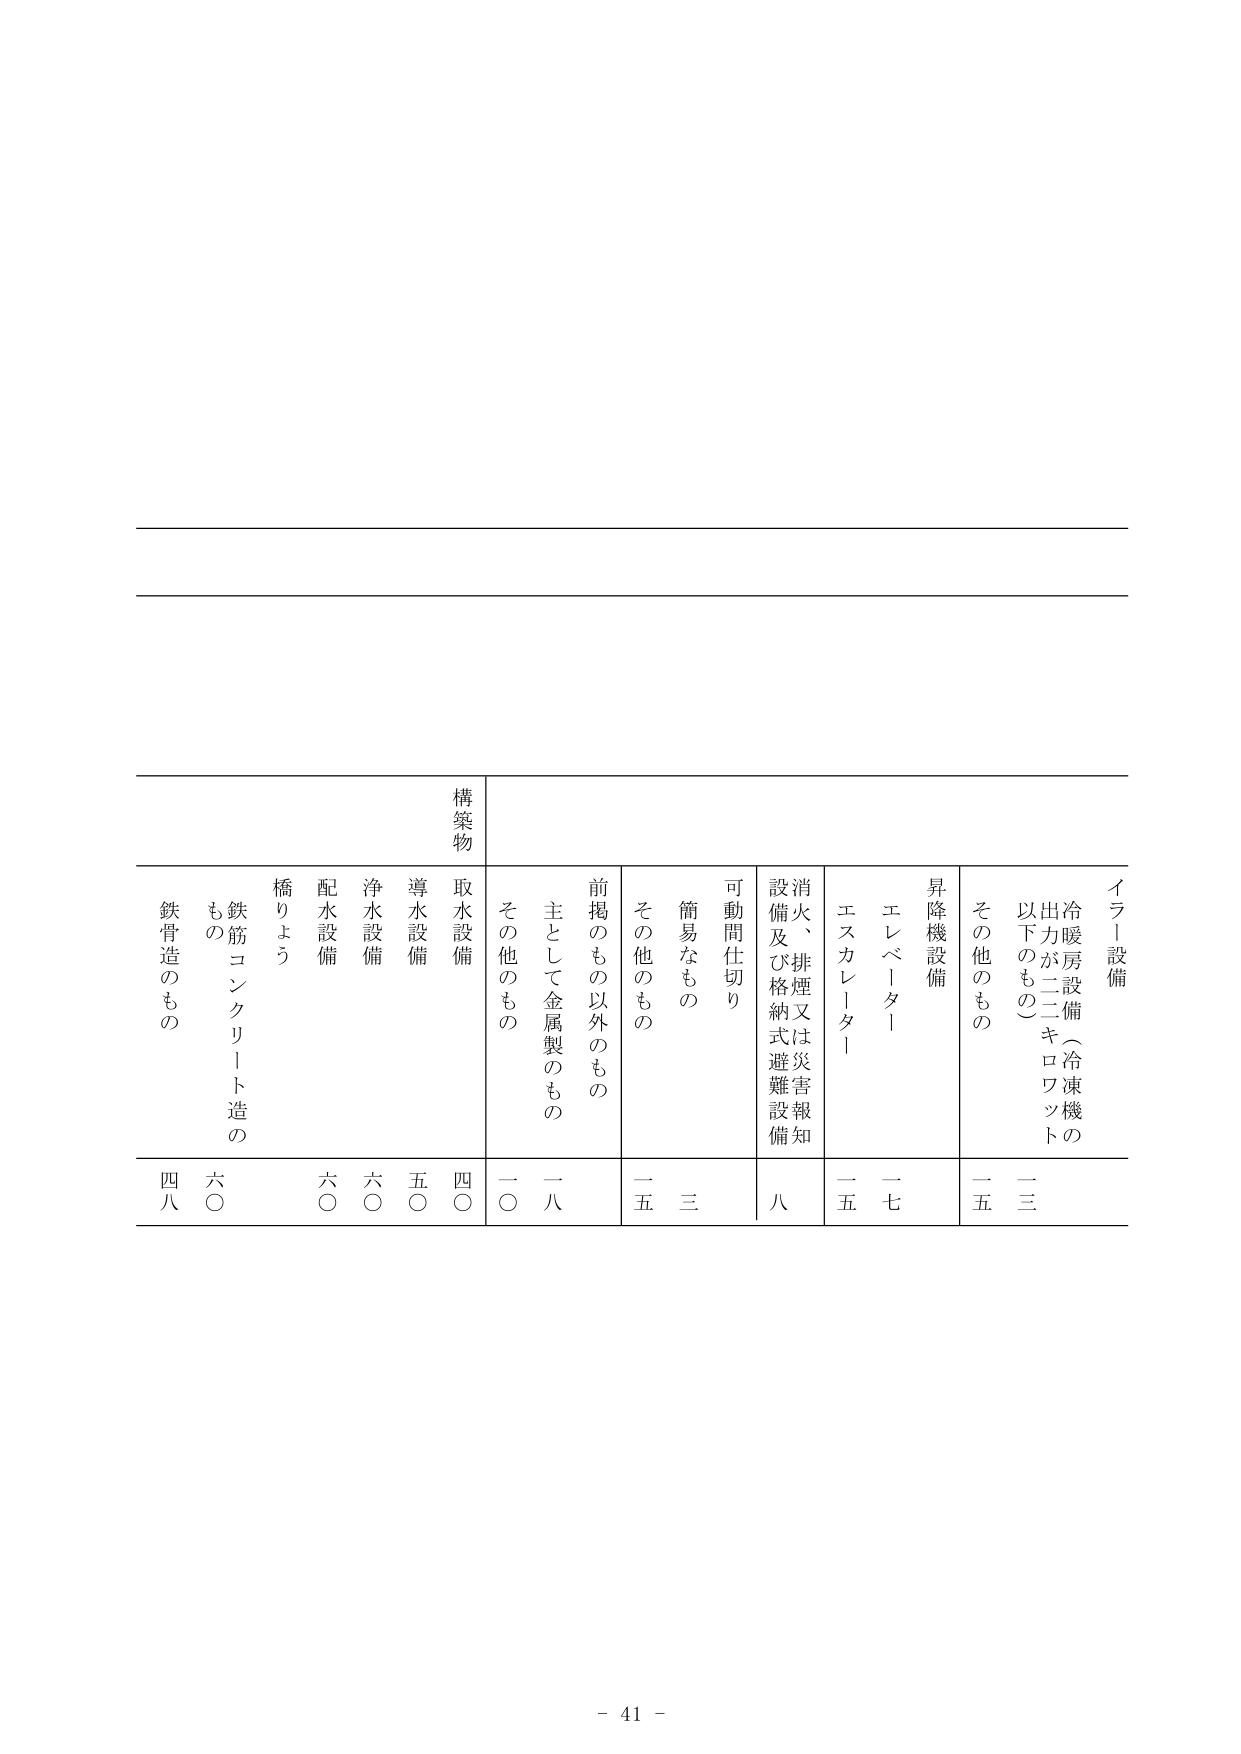
構築物
取水設備
導水設備
浄水設備
配水設備
橋りよう
鉄筋コンクリート造のもの
鉄骨造のもの

イラ！設備
冷暖房設備（冷凍機の出力が二二キロワット以下のもの）
その他のもの
昇降機設備
エレベーター
エスカレーター
消火、排煙又は災害報知設備及び格納式避難設備
可動間仕切り
簡易なもの
その他のもの
前掲のもの以外のもの
主として金属製のもの
その他のもの

四〇
五〇
六〇
六〇
六〇
一八
一〇
二五
三
八
一五
一七
二三
二五

- 41 -